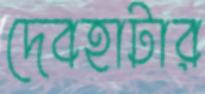
দেবহাটার